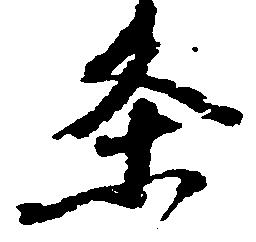
条